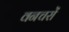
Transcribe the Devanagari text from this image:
वनचरों